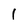
Character: 1